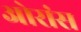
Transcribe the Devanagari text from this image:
ओरांंस